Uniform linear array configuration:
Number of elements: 32
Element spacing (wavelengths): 0.5
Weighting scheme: hann
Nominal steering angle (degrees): -30
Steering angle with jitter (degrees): -30.101
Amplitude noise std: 0.05
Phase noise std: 0.05

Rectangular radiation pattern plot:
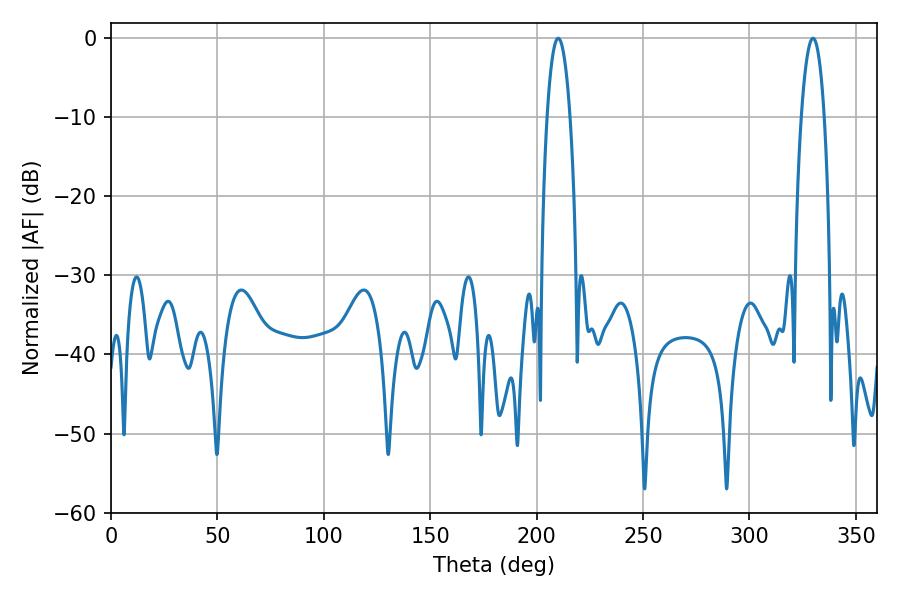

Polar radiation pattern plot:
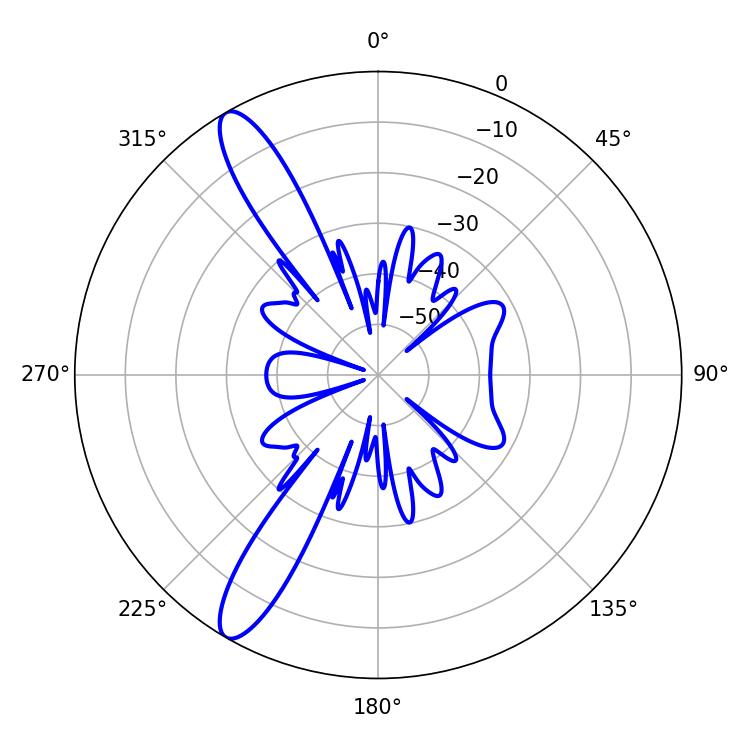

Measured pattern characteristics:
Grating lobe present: FALSE
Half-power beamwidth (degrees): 5.94
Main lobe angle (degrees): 210.06